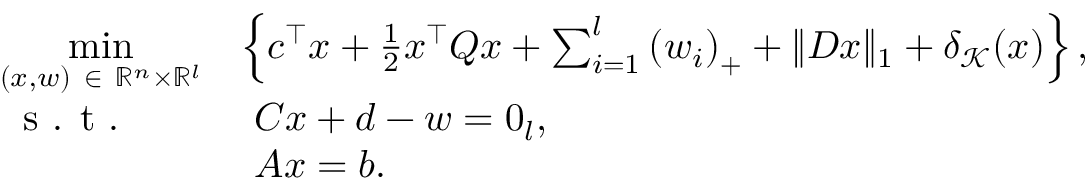
\begin{array} { r l } { \underset { ( x , w ) \ \in \ \mathbb { R } ^ { n } \times \mathbb { R } ^ { l } } { \mathrm { m i n } } } & { \left\{ c ^ { \top } x + \frac { 1 } { 2 } x ^ { \top } Q x + \sum _ { i = 1 } ^ { l } \left( w _ { i } \right) _ { + } + \| D x \| _ { 1 } + \delta _ { \mathcal { K } } ( x ) \right\} , } \\ { \textnormal { s . t . } \quad \ \ } & { \ C x + d - w = 0 _ { l } , } \\ & { \ A x = b . } \end{array}